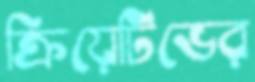
ক্রিয়েটিভের